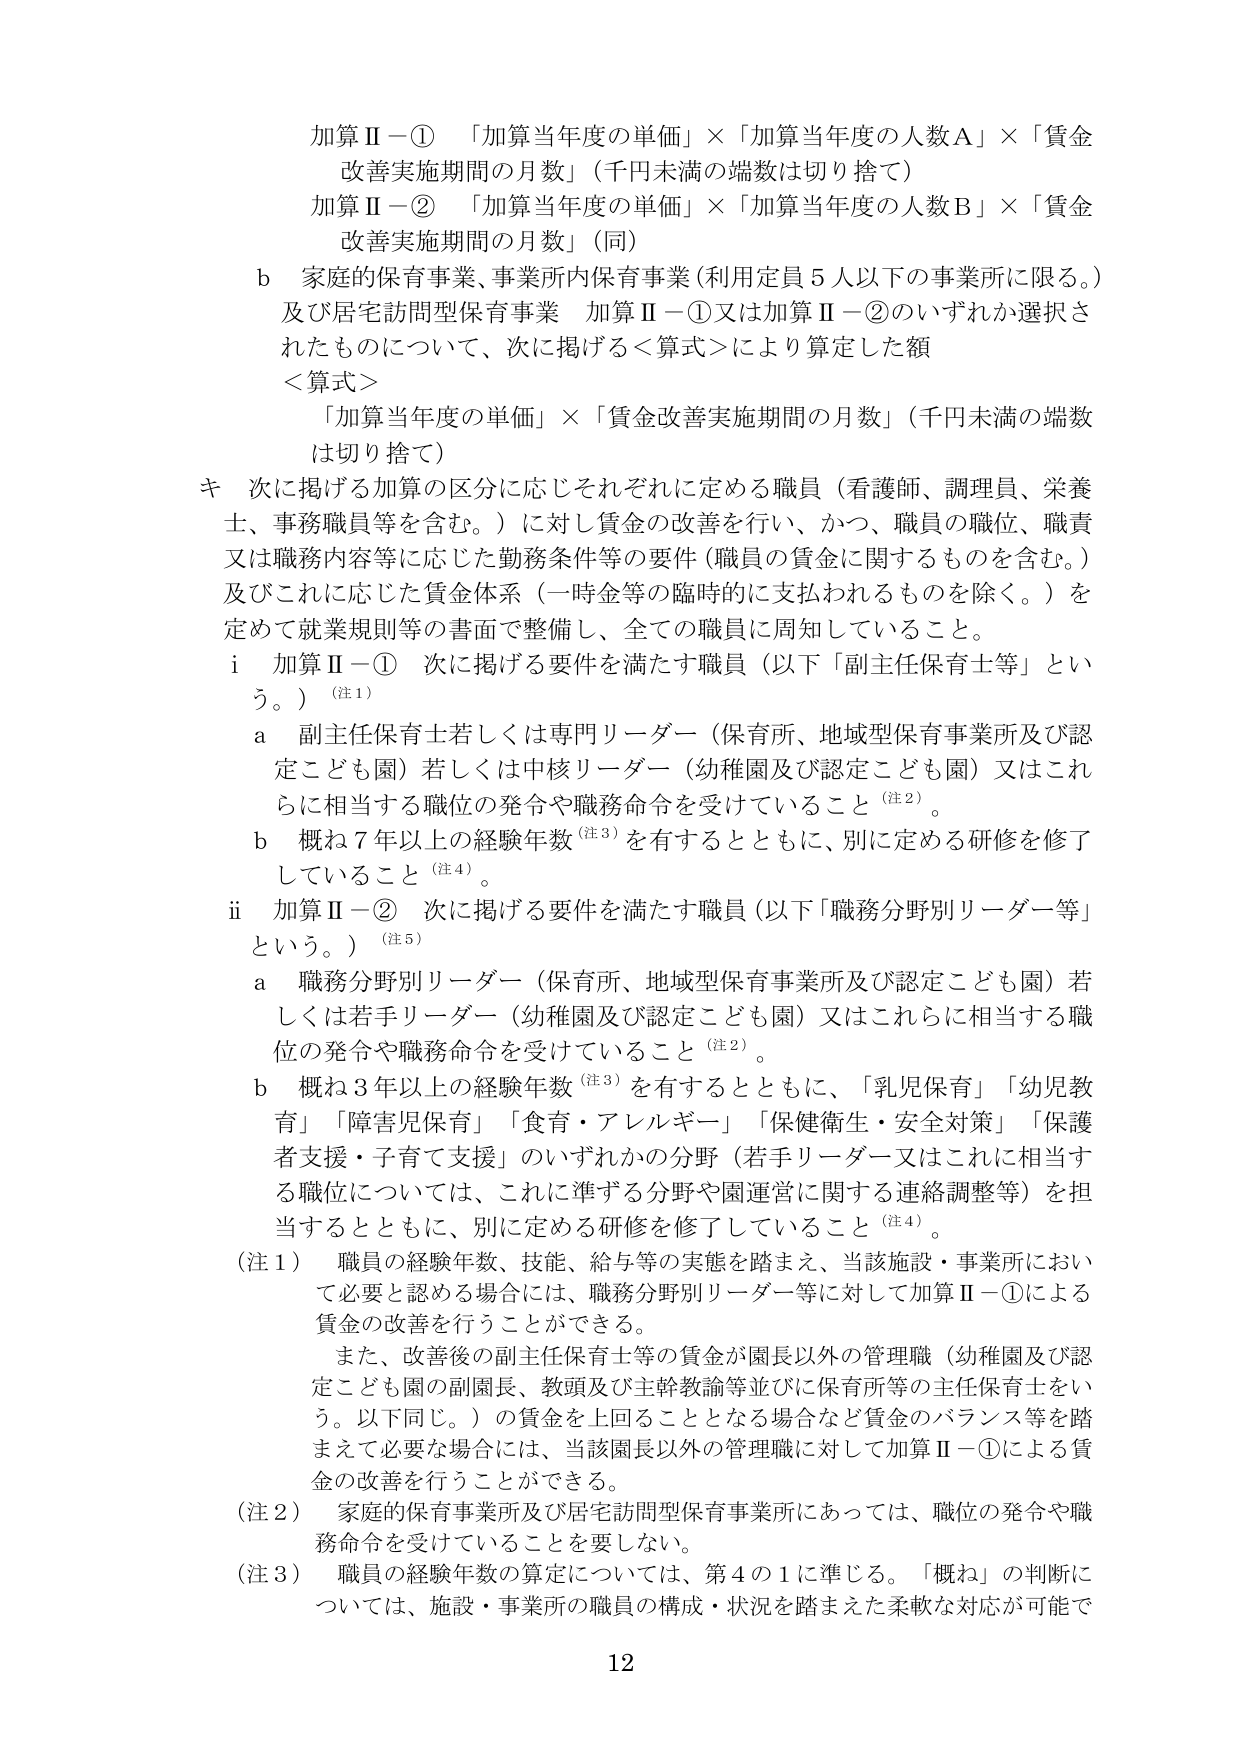
加算Ⅱ－① 「加算当年度の単価」×「加算当年度の人数Ａ」×「賃金改善実施期間の月数」（千円未満の端数は切り捨て）
加算Ⅱ－② 「加算当年度の単価」×「加算当年度の人数Ｂ」×「賃金改善実施期間の月数」（同）

ｂ 家庭的保育事業、事業所内保育事業（利用定員５人以下の事業所に限る。）及び居宅訪問型保育事業 加算Ⅱ－①又は加算Ⅱ－②のいずれか選択されたものについて、次に掲げる＜算式＞により算定した額

＜算式＞
「加算当年度の単価」×「賃金改善実施期間の月数」（千円未満の端数は切り捨て）

キ 次に掲げる加算の区分に応じそれぞれに定める職員（看護師、調理員、栄養士、事務職員等を含む。）に対し賃金の改善を行い、かつ、職員の職位、職責又は職務内容等に応じた勤務条件等の要件（職員の賃金に関するものを含む。）及びこれに応じた賃金体系（一時金等の臨時的に支払われるものを除く。）を定めて就業規則等の書面で整備し、全ての職員に周知していること。

ｉ 加算Ⅱ－① 次に掲げる要件を満たす職員（以下「副主任保育士等」という。）（注１）
ａ 副主任保育士若しくは専門リーダー（保育所、地域型保育事業所及び認定こども園）若しくは中核リーダー（幼稚園及び認定こども園）又はこれらに相当する職位の発令や職務命令を受けていること（注２）。
ｂ 概ね７年以上の経験年数（注３）を有するとともに、別に定める研修を修了していること（注４）。

ｉｉ 加算Ⅱ－② 次に掲げる要件を満たす職員（以下「職務分野別リーダー等」という。）（注５）
ａ 職務分野別リーダー（保育所、地域型保育事業所及び認定こども園）若しくは若手リーダー（幼稚園及び認定こども園）又はこれらに相当する職位の発令や職務命令を受けていること（注２）。
ｂ 概ね３年以上の経験年数（注３）を有するとともに、「乳児保育」「幼児教育」「障害児保育」「食育・アレルギー」「保健衛生・安全対策」「保護者支援・子育て支援」のいずれかの分野（若手リーダー又はこれに相当する職位については、これに準ずる分野や園運営に関する連絡調整等）を担当するとともに、別に定める研修を修了していること（注４）。

（注１） 職員の経験年数、技能、給与等の実態を踏まえ、当該施設・事業所において必要と認める場合には、職務分野別リーダー等に対して加算Ⅱ－①による賃金の改善を行うことができる。
また、改善後の副主任保育士等の賃金が園長以外の管理職（幼稚園及び認定こども園の副園長、教頭及び主幹教諭等並びに保育所等の主任保育士をいう。以下同じ。）の賃金を上回ることとなる場合など賃金のバランス等を踏まえて必要な場合には、当該園長以外の管理職に対して加算Ⅱ－①による賃金の改善を行うことができる。

（注２） 家庭的保育事業所及び居宅訪問型保育事業所にあっては、職位の発令や職務命令を受けていることを要しない。

（注３） 職員の経験年数の算定については、第４の１に準じる。「概ね」の判断については、施設・事業所の職員の構成・状況を踏まえた柔軟な対応が可能で

12